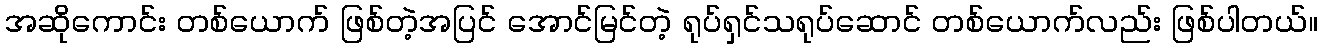
အဆိုကောင်း တစ်ယောက် ဖြစ်တဲ့အပြင် အောင်မြင်တဲ့ ရုပ်ရှင်သရုပ်ဆောင် တစ်ယောက်လည်း ဖြစ်ပါတယ်။